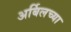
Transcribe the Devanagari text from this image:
अर्बिलच्या